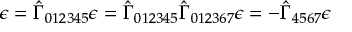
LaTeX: \epsilon = \hat { \Gamma } _ { 0 1 2 3 4 5 } \epsilon = \hat { \Gamma } _ { 0 1 2 3 4 5 } \hat { \Gamma } _ { 0 1 2 3 6 7 } \epsilon = - \hat { \Gamma } _ { 4 5 6 7 } \epsilon